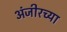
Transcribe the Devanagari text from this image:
अंजीरच्या